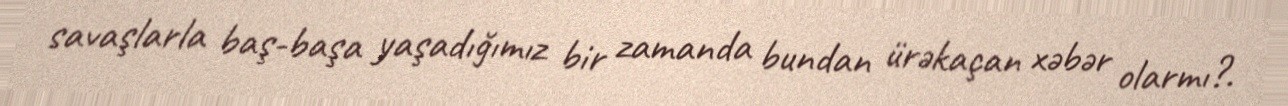
savaşlarla baş-başa yaşadığımız bir zamanda bundan ürəkaçan xəbər olarmı?.